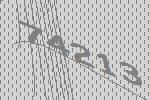
74213